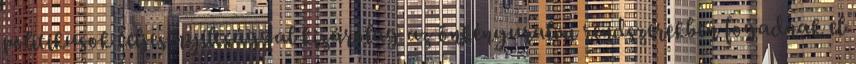
politikusok teljes nyíltsággal kizárólag az önkényuralmi rendszerekben fogadnak el